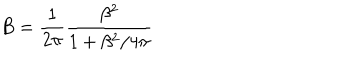
B = \frac { 1 } { 2 \pi } \frac { \beta ^ { 2 } } { 1 + \beta ^ { 2 } / 4 \pi }